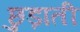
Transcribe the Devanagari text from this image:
छुड़ाती